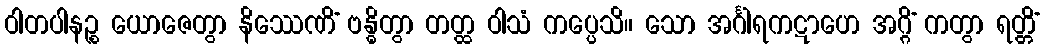
ဝါတပါနဉ္စ ယောဇေတွာ နိဿေဏိံ ဗန္ဓိတွာ တတ္ထ ဝါသံ ကပ္ပေသိ။ သော အင်္ဂါရကဋာဟေ အဂ္ဂိံ ကတွာ ရတ္တိံ